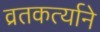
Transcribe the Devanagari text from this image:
व्रतकर्त्याने